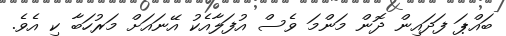
ބައްޕަ ފަދައިން ދޮން މަންމަ ވެސް އުފަލާއެކު އޭނައަށް މަރުހަބާ ކި އެވެ.